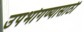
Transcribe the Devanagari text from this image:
उपभोगण्यासाठी